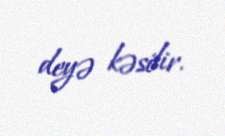
deyə kəsilir.